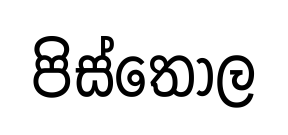
පිස්තොල